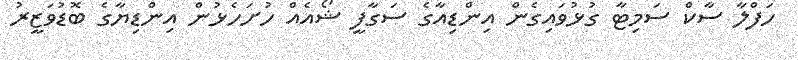
ހަފްލާ ސާކް ސަމިޓާ ގުޅުވައިގެން އިންޑިއާގެ ސަގާފީ ޝޯއެއް ހުށަހެޅުން އިންޑިޔާގެ ބޮޑުވަޒީރު